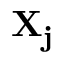
\mathbf { X _ { j } }